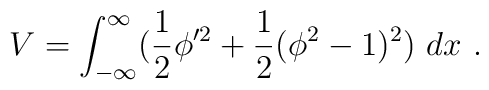
V = \int_{-\infty}^{\infty} ({1\over 2} \phi'^2 + {1\over 2} (\phi^2 -1)^2) \ dx \ .